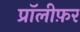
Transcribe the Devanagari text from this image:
प्रॉलीफ़र